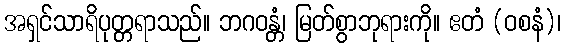
အရှင်သာရိပုတ္တရာသည်။ ဘဂဝန္တံ၊ မြတ်စွာဘုရားကို။ ဧတံ (ဝစနံ)၊